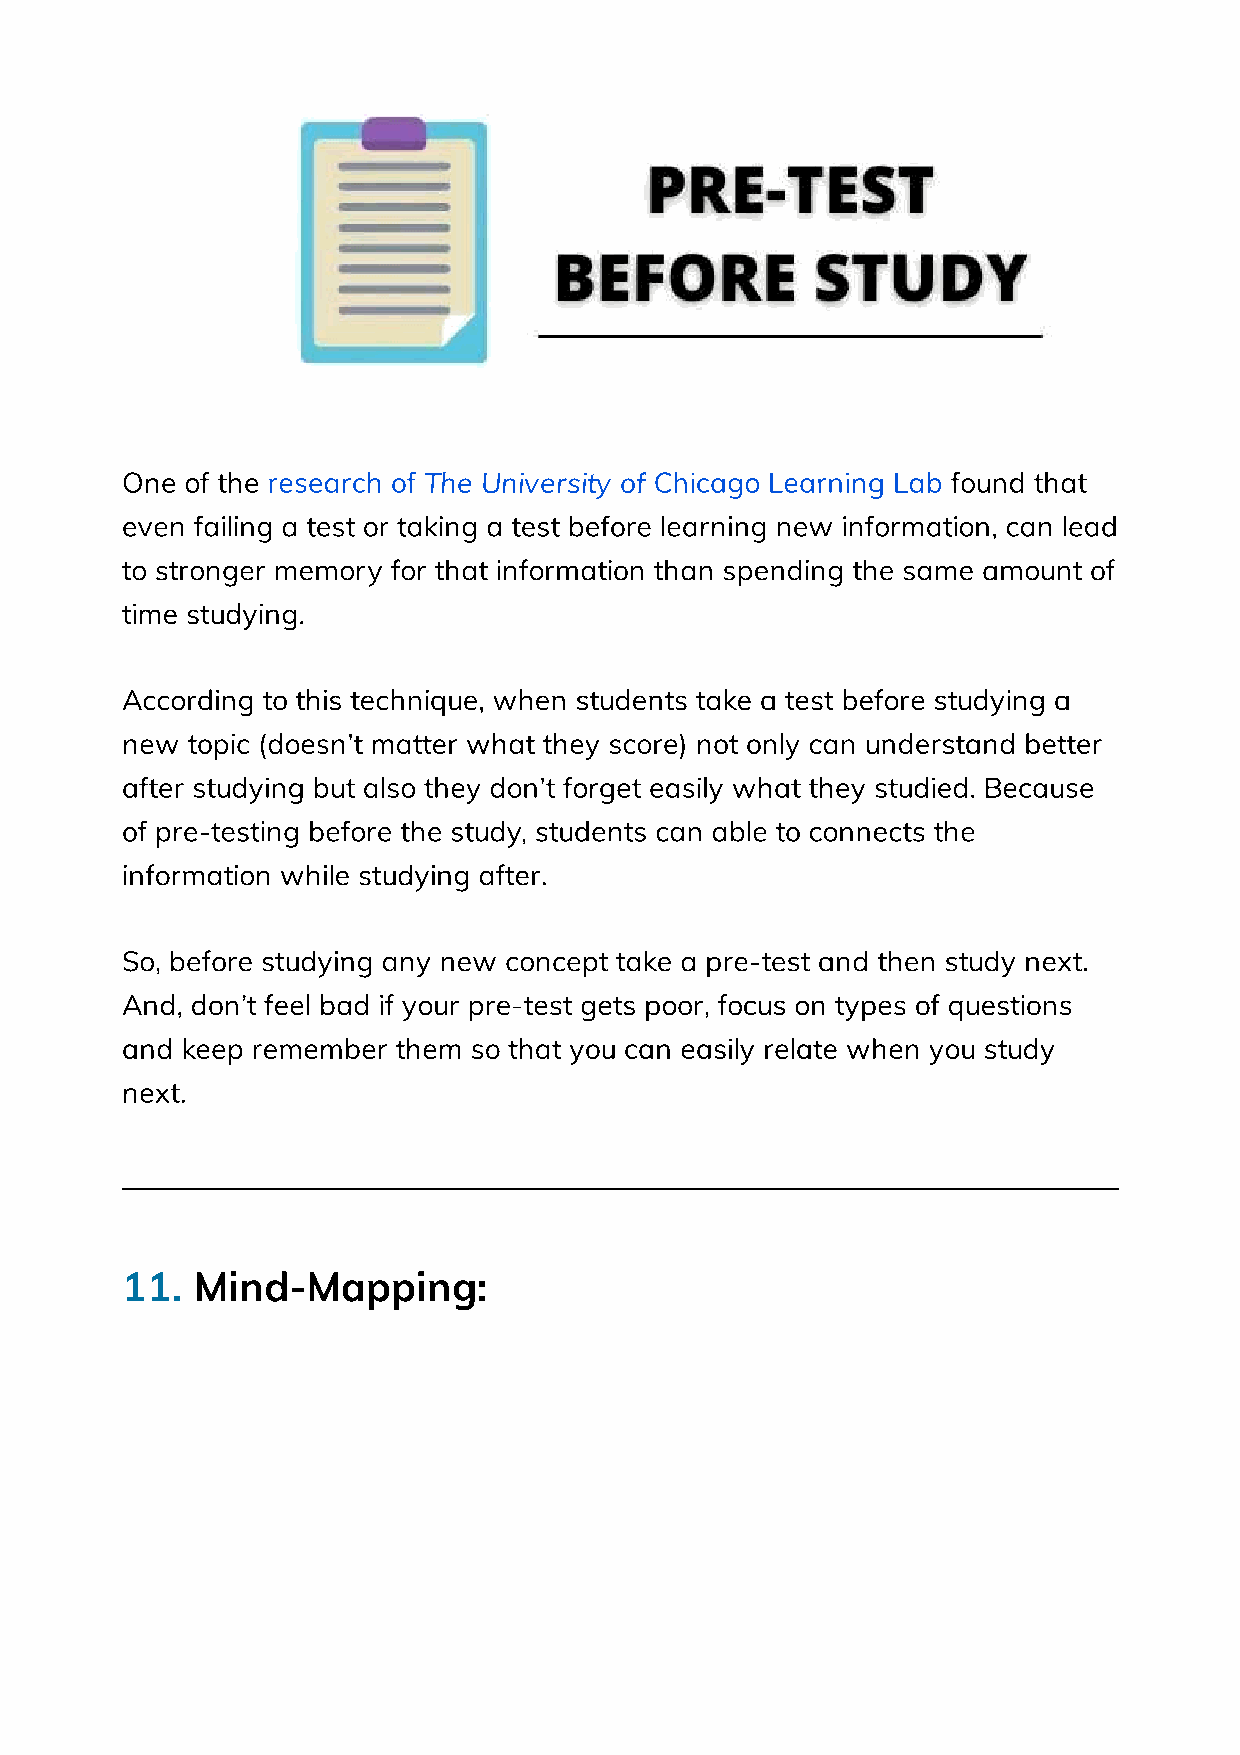
One of the research of             Chicago Learning Lab found that
 The University of
 even failing a test or taking a test before learning new information, can lead
 to stronger memory for that information than spending the same amount of
 time studying.
 According to this technique, when students take a test before studying a
 new topic (doesn’t matter what they score) not only can understand better
 after studying but also they don’t forget easily what they studied. Because
 of pre-testing before the study, students can able to connects the
 information while studying after.
 So, before studying any new concept take a pre-test and then study next.
 And, don’t feel bad if your pre-test gets poor, focus on types of questions
 and keep remember them so that you can easily relate when you study
 next.
 11.  Mind-Mapping: